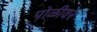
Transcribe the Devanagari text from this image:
पोळीवर